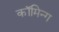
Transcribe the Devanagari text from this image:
कॉमिन्ग